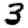
Digit: 3